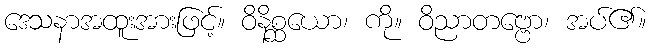
ဒေသနာအထူးအားဖြင့်။ ဝိနိစ္ဆယော၊ ကို။ ဝိညာတဗ္ဗော၊ အပ်၏။